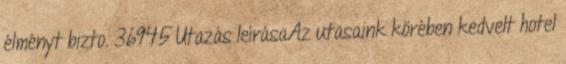
élményt bizto. 36945 Utazás leírásaAz utasaink körében kedvelt hotel